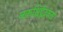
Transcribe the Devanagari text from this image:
नकश्चिद्वेदकर्ता